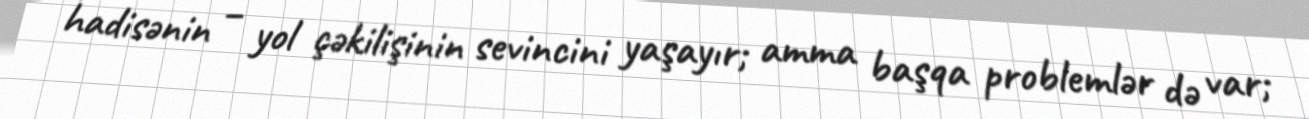
hadisənin – yol çəkilişinin sevincini yaşayır; amma başqa problemlər də var;